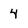
Character: 4